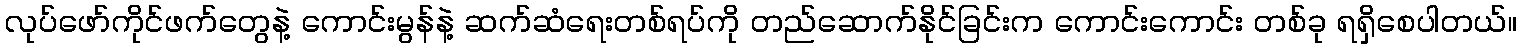
လုပ်ဖော်ကိုင်ဖက်တွေနဲ့ ကောင်းမွန်နဲ့ ဆက်ဆံရေးတစ်ရပ်ကို တည်ဆောက်နိုင်ခြင်းက ကောင်းကောင်း တစ်ခု ရရှိစေပါတယ်။